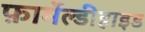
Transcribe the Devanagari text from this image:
फ़ार्मेल्डीहाइड